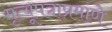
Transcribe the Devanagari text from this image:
मृत्यूपत्राप्रमाणे